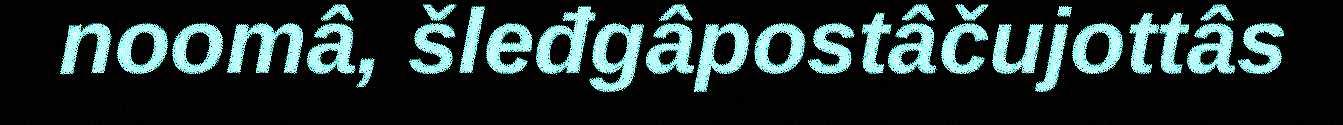
noomâ, šleđgâpostâčujottâs